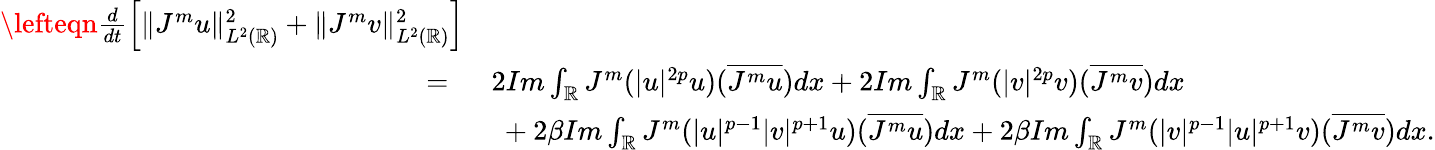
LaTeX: \begin{array}{rl}{\lefteqn{\frac{d}{dt}\left[\| J^{m}u\| _{L^{2}(\mathbb{R})}^{2}+\| J^{m}v\| _{L^{2}(\mathbb{R})}^{2}\right]}}\\ {=\ }&{2Im\int_{\mathbb{R}}J^{m}(|u|^{2p}u)(\overline{{J^{m}u}})dx+2Im\int_{\mathbb{R}}J^{m}(|v|^{2p}v)(\overline{{J^{m}v}})dx}\\ &{\ +2\beta Im\int_{\mathbb{R}}J^{m}(|u|^{p-1}|v|^{p+1}u)(\overline{{J^{m}u}})dx+2\beta Im\int_{\mathbb{R}}J^{m}(|v|^{p-1}|u|^{p+1}v)(\overline{{J^{m}v}})dx.}\end{array}